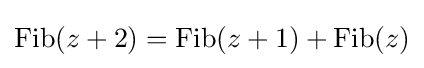
\operatorname {Fib} (z+2)=\operatorname {Fib} (z+1)+\operatorname {Fib} (z)